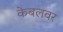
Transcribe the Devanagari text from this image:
केबलवर